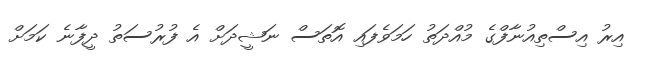
އިރު އިސްތިއުނާފްގެ މުއްދަތު ހަމަވެފައި އޮތަސް ނަޝީދަށް އެ ފުރުސަތު ދީފާނެ ކަމަށް